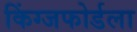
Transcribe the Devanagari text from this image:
किंग्जफोर्डला